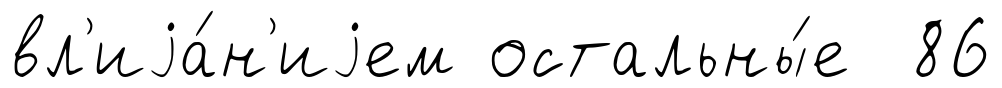
вл'иjа́н'иjем остальны́е 86